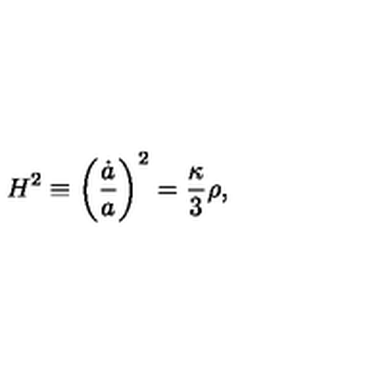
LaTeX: H ^ { 2 } \equiv \biggl ( \frac { \dot { a } } { a } \biggr ) ^ { 2 } = \frac { \kappa } { 3 } \rho ,